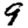
Digit: 9